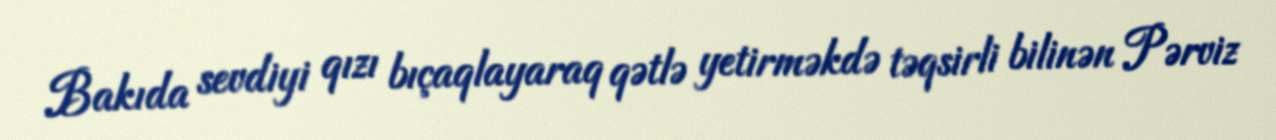
Bakıda sevdiyi qızı bıçaqlayaraq qətlə yetirməkdə təqsirli bilinən Pərviz